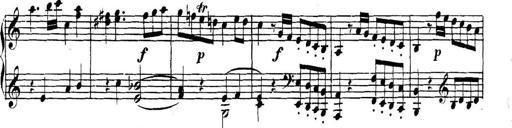
Title: Collected Piano Sonatas
Composer: Muzio Clementi